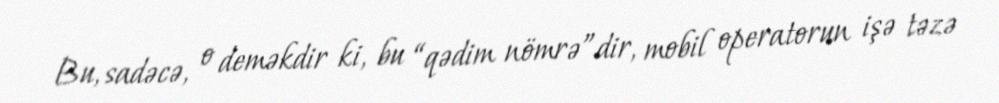
Bu, sadəcə, o deməkdir ki, bu “qədim nömrə”dir, mobil operatorun işə təzə